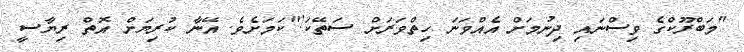
"މަބްރޫކްގެ ވިސްނައި ދިނުމަށް އެއްވަނަ ހިތްވަރަށް ސަތޭކަ!"ކަމަށެވެ. އޭނާ ކުރިޔަށް އޮތް ރިޔާސީ